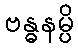
ဗန္ဓနမ္ပိ